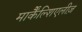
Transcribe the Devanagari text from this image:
मार्कैंल्शिएलीज़